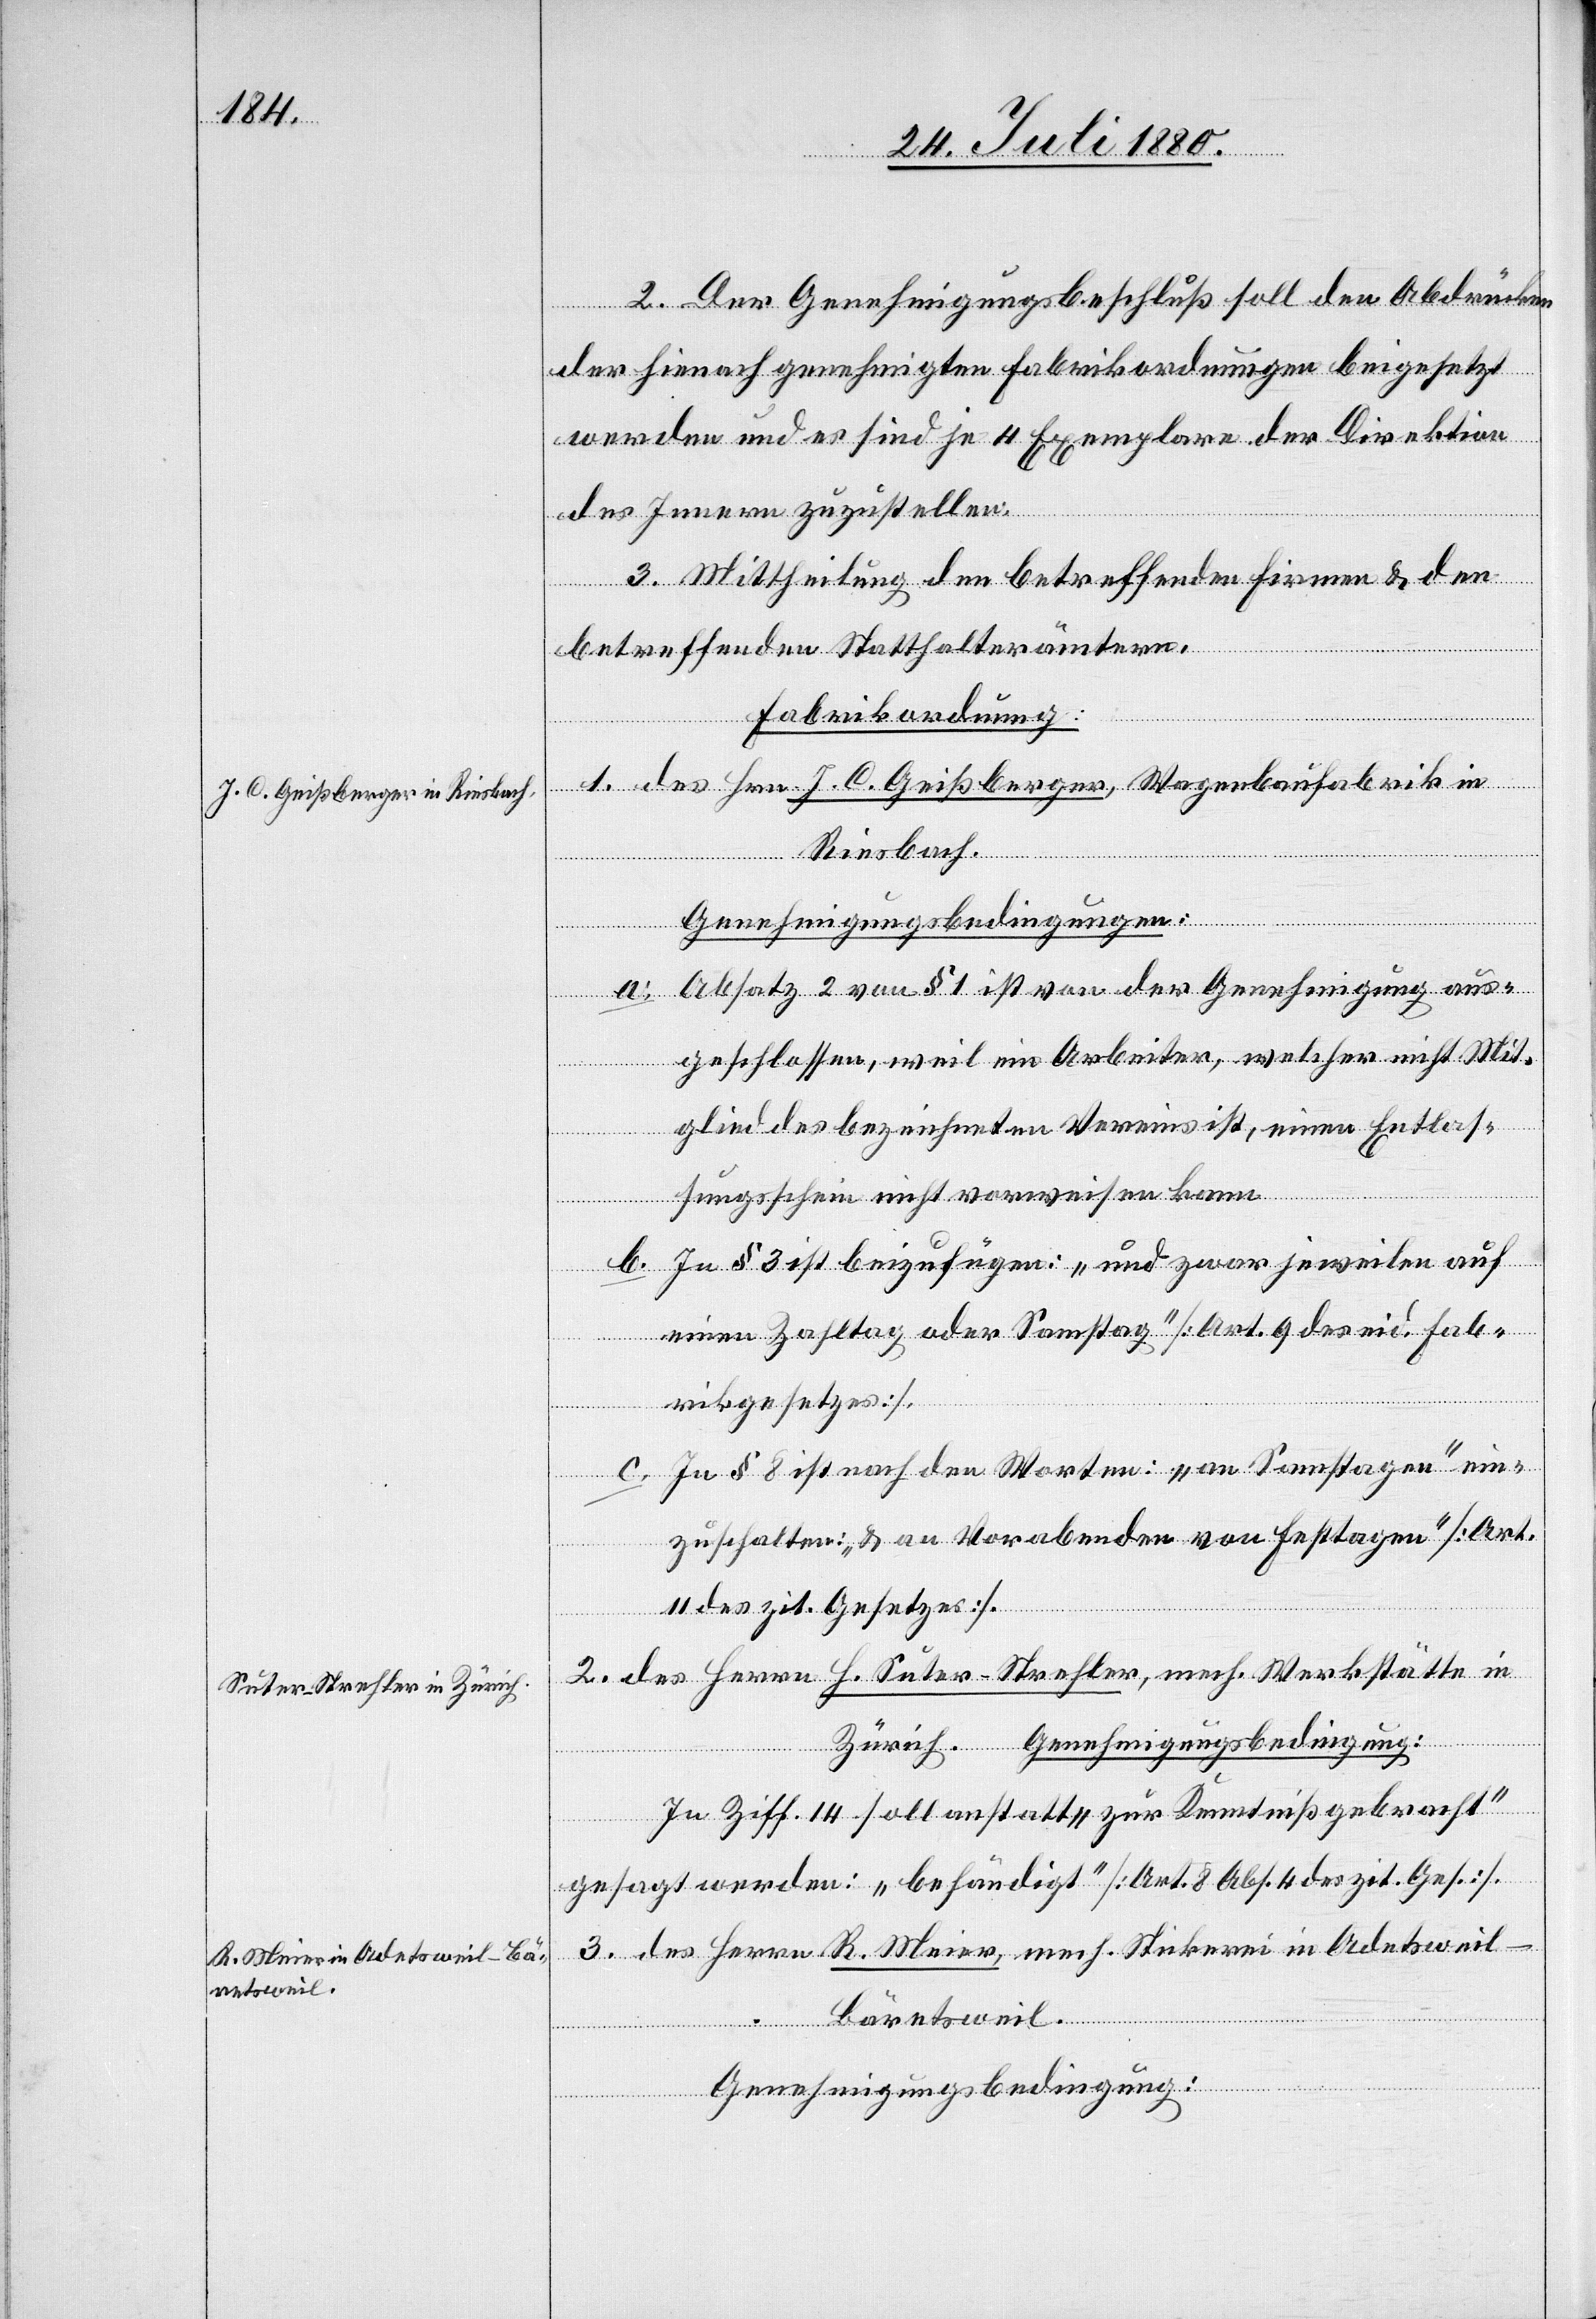
2. Der Genehmigungsbeschluß soll den Abdrücken
der hienach genehmigten Fabrikordnungen beigesetzt
werden und es sind je 4 Exemplare der Direktion
des Innern zuzustellen.
3. Mittheilung den betreffenden Firmen & den
betreffenden Statthalterämtern.
Fabrikordnung:
1. des Hrn. J. C. Geißberger, Wagenbaufabrik in
Riesbach.
Genehmigungsbedingungen:
[Fortsetzung
a. Absatz 2 von § 1 ist von der Genehmigung aus¬
geschlossen, weil ein Arbeiter, welcher nicht Mit¬
glied des bezeichneten Vereins ist, einen Entlas¬
sungsschein nicht vorweisen kann.
b. In § 3 ist beizufügen: „und zwar jeweilen auf
einen Zahltag oder Samstag“ [Art. 9 des eid. Fab¬
rikgesetzes].
c. In § 8 ist nach den Worten: „an Samstagen“ ein¬
zuschalten: „& an Vorabenden von Festtagen“ [Art.
11 des zit. Gesetzes].
2. des Herrn H. Suter-Strehler, mech. Werkstätte in
Zürich.
In Ziff. 14 soll anstatt „zur Kenntniß gebracht“
gesagt werden: „behändigt“ [Art. 8 Abs. 4 des zit. Ges.].
3. des Herrn R. Meier, mech. Stickerei in Adetsweil
- Bäretsweil.
Genehmigungsbedingung: